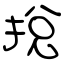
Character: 挩